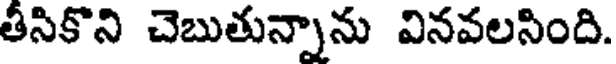
తీసికొని చెబుతున్నాను వినవలసింది.